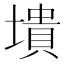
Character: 墤